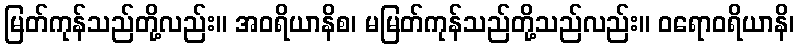
မြတ်ကုန်သည်တို့လည်း။ အဝရိယာနိစ၊ မမြတ်ကုန်သည်တို့သည်လည်း။ ဝရောဝရိယာနိ၊